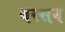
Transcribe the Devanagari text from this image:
बरसन